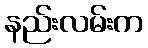
နည်းလမ်းက